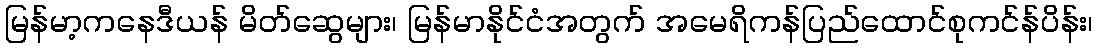
မြန်မာ့ကနေဒီယန် မိတ်ဆွေများ၊ မြန်မာနိုင်ငံအတွက် အမေရိကန်ပြည်ထောင်စုကင်န်ပိန်း၊